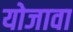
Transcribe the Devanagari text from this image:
योजावा